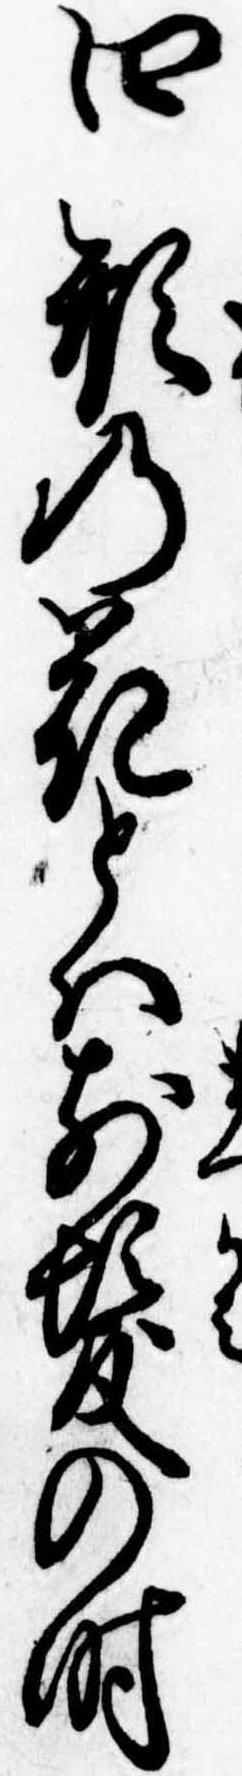
四形の花とは前髪の時